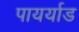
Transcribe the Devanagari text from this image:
पायर्याड